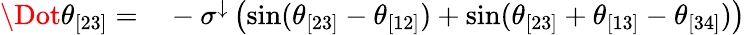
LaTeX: \begin{array}{rl}{\Dot{\theta}_{[23]}=}&{{}-\sigma^{\downarrow}\left(\sin(\theta_{[23]}-\theta_{[12]})+\sin(\theta_{[23]}+\theta_{[13]}-\theta_{[34]})\right)}\end{array}